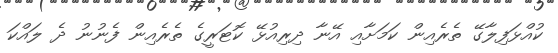
ކުއްޅަފިލާގޭ ތެރެއިން ކަމަށާއި އޭނާ ދިރިއުޅޭ ކޮޓަރީގެ ތެރެއިން ފެނުނު ދެ ލައްކަ